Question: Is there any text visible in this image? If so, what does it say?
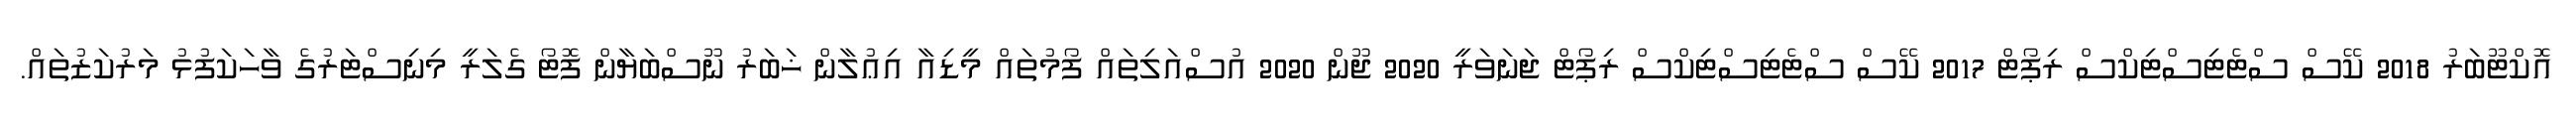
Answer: އޮކްޓޫބަރު 2018 ކޭސް ސްޓެޓިސްޓިކްސް ރިޕޯޓް 2017 ކޭސް ސްޓެޓިސްޓިކްސް ރިޕޯޓް ޖަނަވަރީ 2020 ޖޫން 2020 އުސްއަލިތައް ފޯމުތައް މީޑިއާ އިޢުލާން ޚަބަރު ނޫސްބަޔާން ފޮޓޯ ގެލަރީ މިނިސްޓަރުގެ ވާހަކަފުޅު މަރުކަޒުތައް.